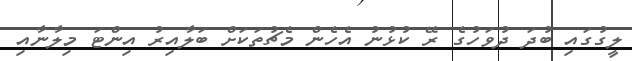
ލީގުގައި ބުދަ ދުވަހުގެ ރޭ ކުޅުނު އެހެން މެޗުތަކަށް ބަލާއިރު އިންޓަ މިލާނާއި